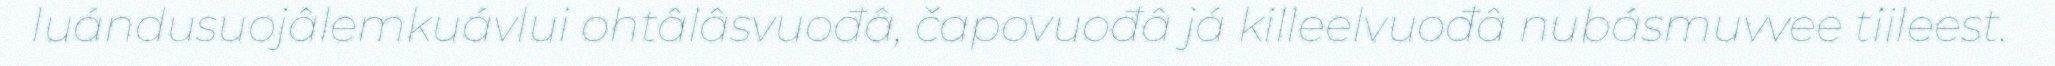
luándusuojâlemkuávlui ohtâlâsvuođâ, čapovuođâ já killeelvuođâ nubásmuvvee tiileest.